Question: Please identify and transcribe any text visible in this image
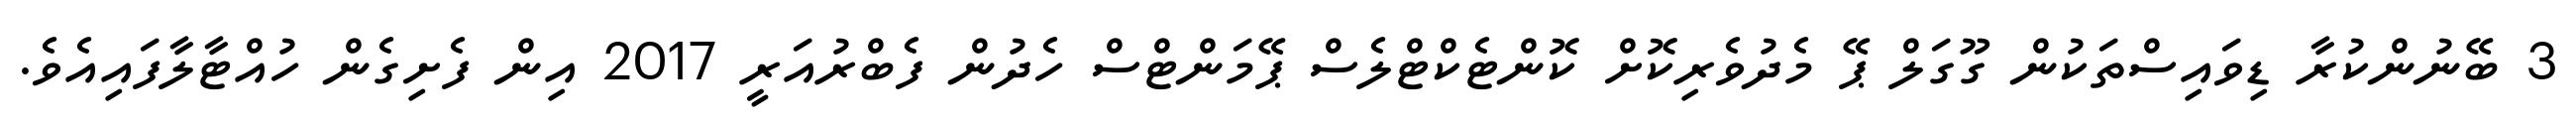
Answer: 3 ބޭނުންކުރާ ޑިވައިސްތަކުން ގޫގަލް ޕޭ މެދުވެރިކޮށް ކޮންޓެކްޓްލެސް ޕޭމަންޓްސް ހެދުން ފެބްރުއަރީ 2017 އިން ފެށިގެން ހުއްޓާލާފައިއެވެ.